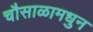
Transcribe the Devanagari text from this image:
चौसाळामधुन